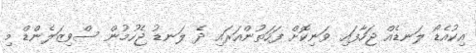
އިކުއެޑޯ ލަނޑެއް ޖަހާފައި ވަނިކޮށް ފަހަތުންއަރައި ދެ ލަނޑު ޖެހުމުން ސްވިޒަލެންޑް މި